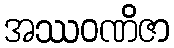
အဿဝဏိဇာ